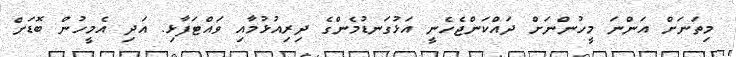
މިތަނަށް އަންނަ މީހުންނަށް ދައްކަންޖެހެނީ އަޅުގަނޑުމެންގެ ދިރިއުޅުމާއި ވައްޓަފާޅި. އަދި އެމީހުން ބޮޑަށް